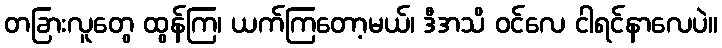
တခြားလူတွေ ထွန်ကြ၊ ယက်ကြတော့မယ်၊ ဒီအသိ ဝင်လေ ငါရင်နာလေပဲ။